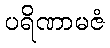
ပရိဏာမဇံ